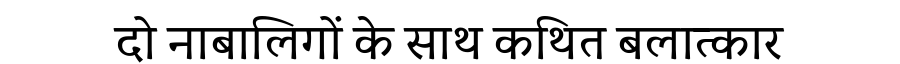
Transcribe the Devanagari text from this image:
दो नाबालिगों के साथ कथित बलात्कार